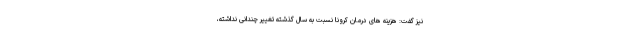
نیز گفت: هزینه های درمان کرونا نسبت به سال گذشته تغییر چندانی نداشته،